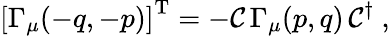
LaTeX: \left[\Gamma_{\mu}(-q,-p)\right]^{\mathrm{T}}=-{\cal C}\, \Gamma_{\mu}(p,q)\, {\cal C}^{\dagger}~,